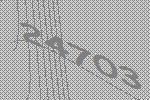
24703